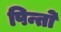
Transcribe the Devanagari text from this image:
पिन्तो